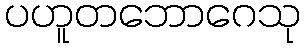
ပဟူတဘောဂေသု